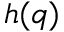
h ( q )